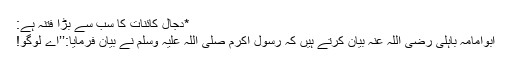
*دجال کائنات کا سب سے بڑا فتنہ ہے:
ابوامامہ باہلی رضی اللہ عنہ بیان کرتے ہیں کہ رسول اکرم صلی اللہ علیہ وسلم نے بیان فرمایا:’’اے لوگو!